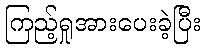
ကြည့်ရှုအားပေးခဲ့ပြီး